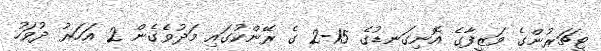
ޓީޗަރުންގެ ވަޒީފާގެ އޮނިގަނޑުގެ 15-2 ގެ ރޭންކުގައި މަދުވެގެން 2 އަހަރު ދުވަހު